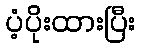
ပံ့ပိုးထားပြီး